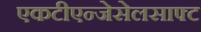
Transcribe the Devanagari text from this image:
एकटीएन्जेसेलसाफ्ट